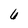
Character: 6